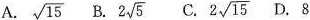
A. \sqrt{15} B. 2 \sqrt{5} C. 2 \sqrt{15} D. 8